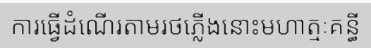
ការធ្វើដំណើរតាមរថភ្លើងនោះមហាត្មៈគន្ធី